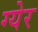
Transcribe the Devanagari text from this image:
ग्येर